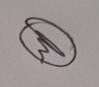
Signature authenticity: genuine